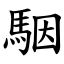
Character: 駰